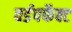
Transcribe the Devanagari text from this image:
वर्डपर्फेक्ट